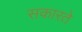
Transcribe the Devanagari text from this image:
सकारते